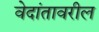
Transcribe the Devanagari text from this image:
वेदांतावरील